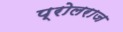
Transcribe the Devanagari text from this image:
प्रोलराज